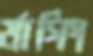
র‍্যাগিং